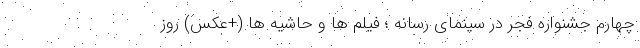
چهارم جشنواره فجر در سینمای رسانه ؛ فیلم‌ ها و حاشیه‌ ها (+عکس) روز